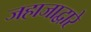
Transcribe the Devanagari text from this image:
जहाजाद्वारे